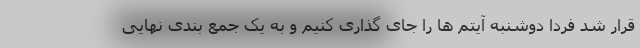
قرار شد فردا دوشنبه آیتم ها را جای گذاری کنیم و به یک جمع بندی نهایی